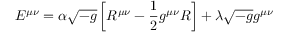
E ^ { \mu \nu } = \alpha { \sqrt { - g } } \left[ R ^ { \mu \nu } - { \frac { 1 } { 2 } } g ^ { \mu \nu } R \right] + \lambda { \sqrt { - g } } g ^ { \mu \nu }